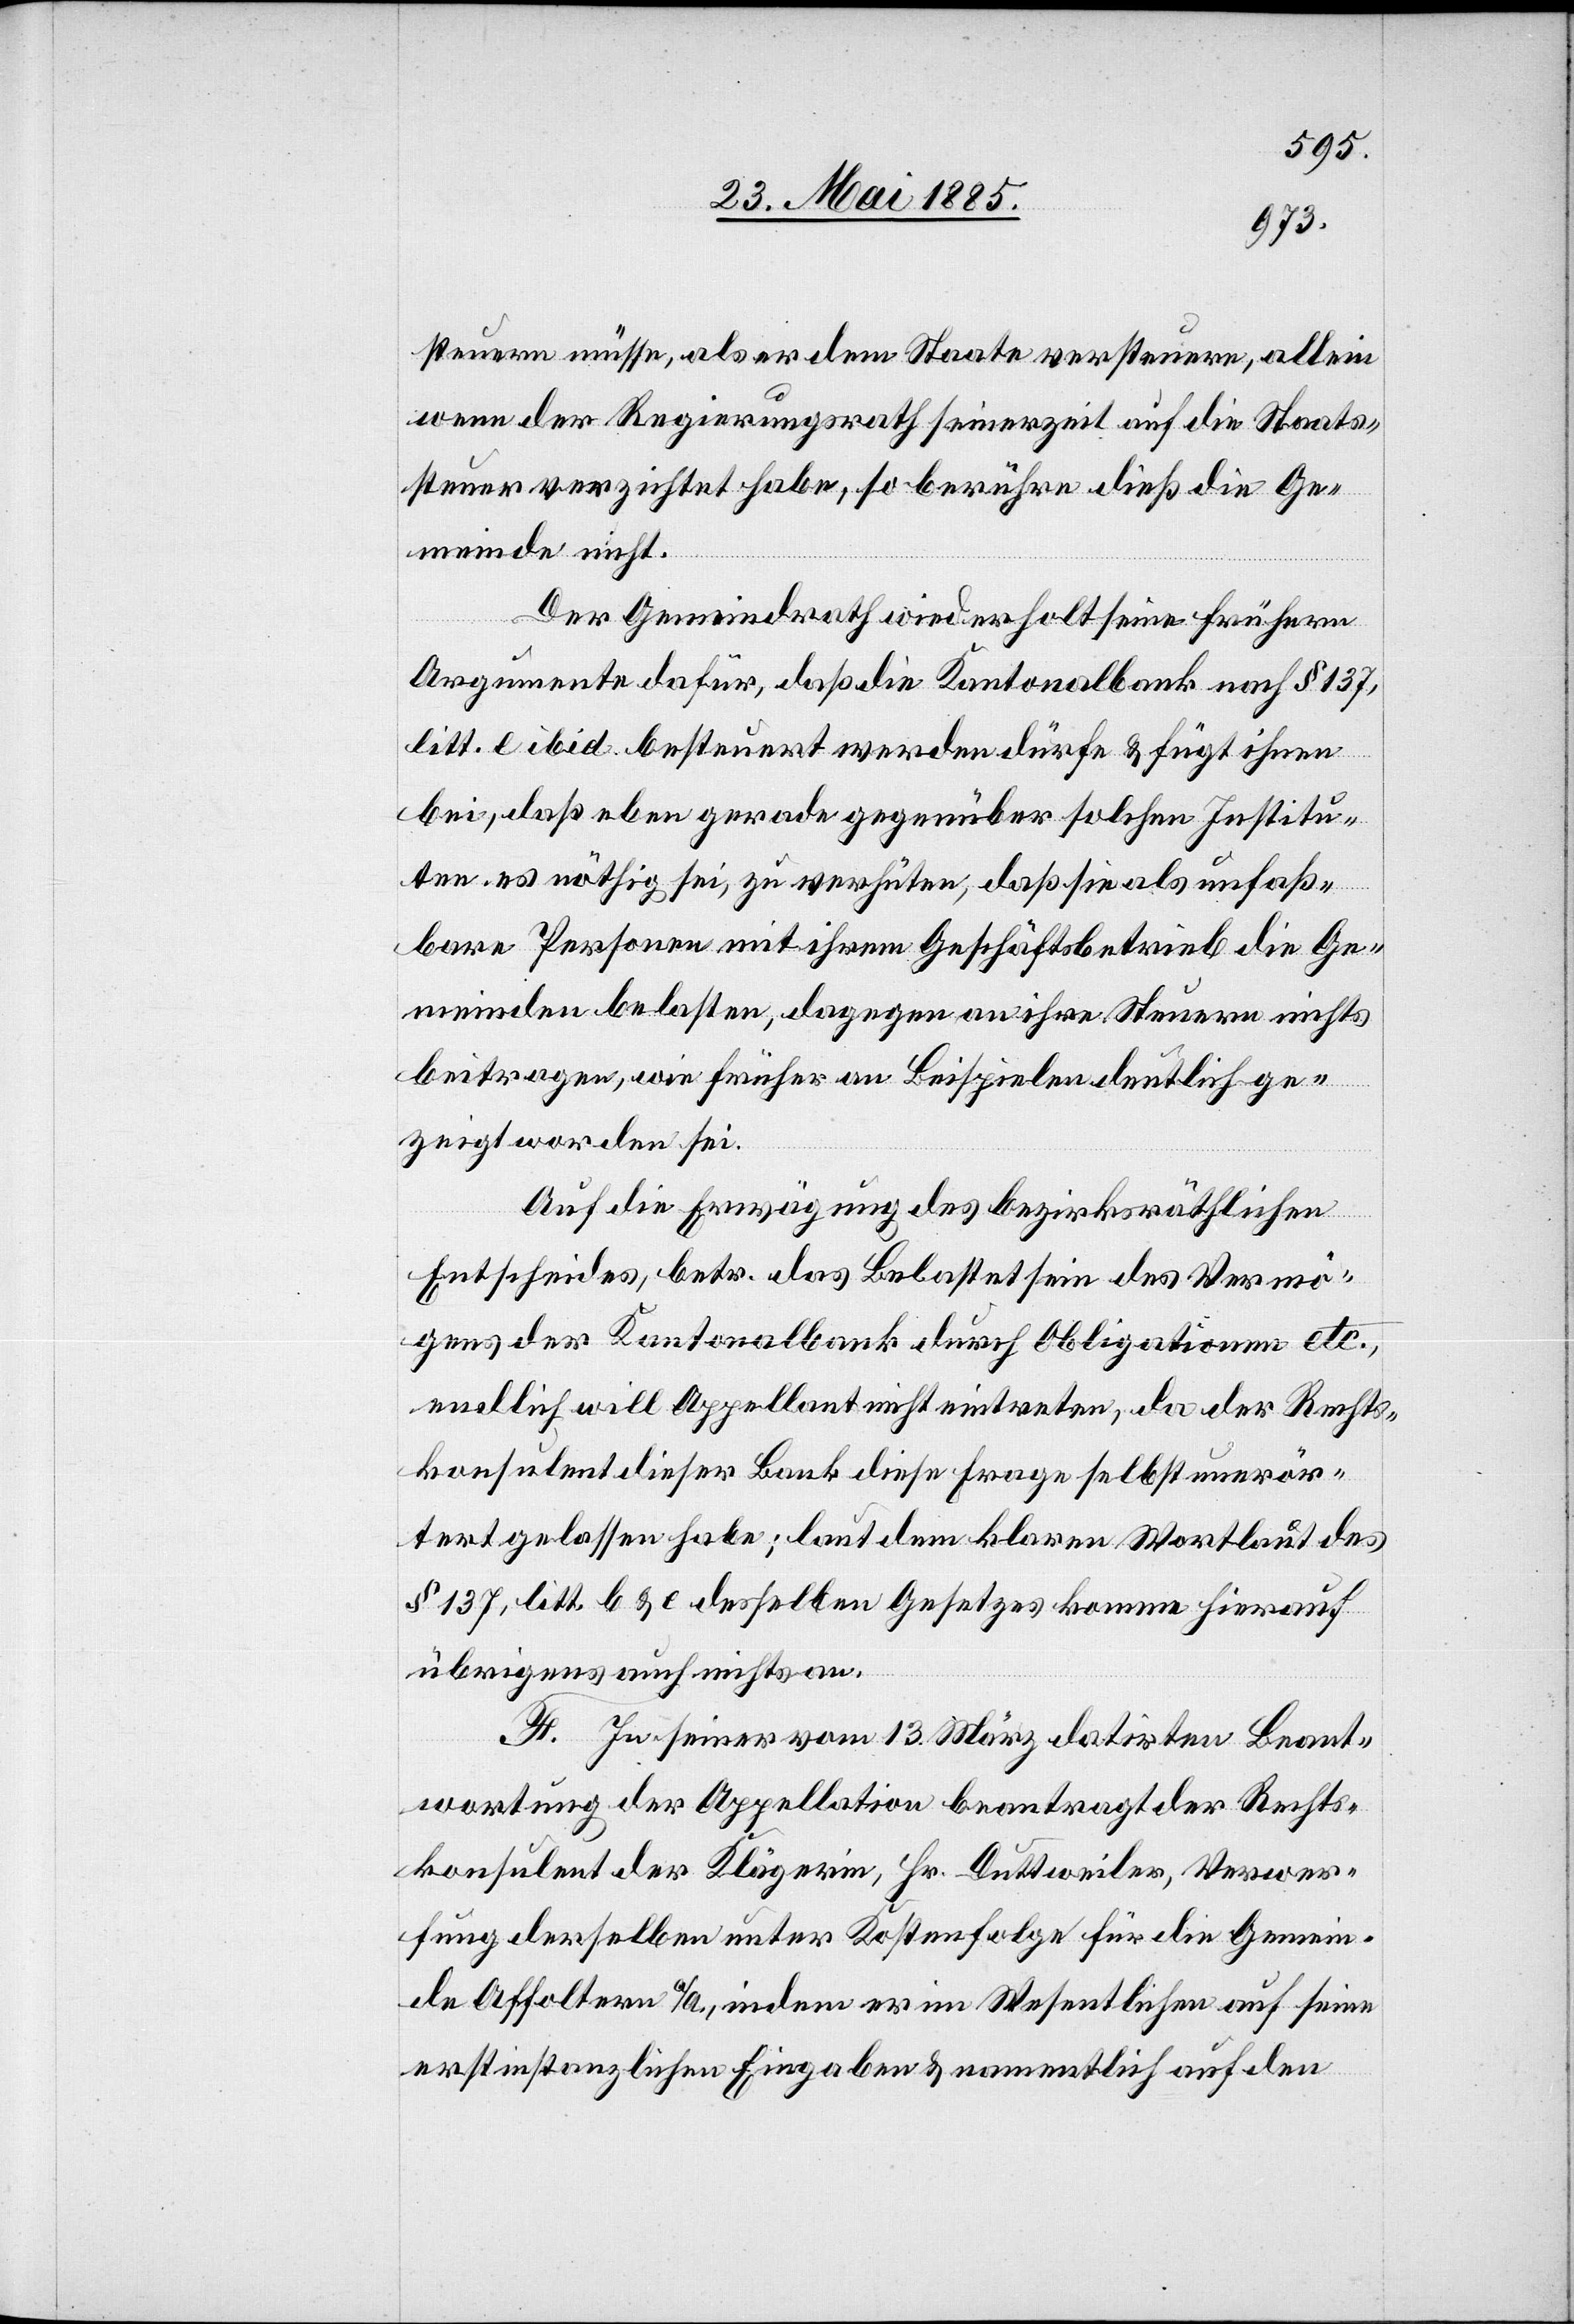
steuern müsse, als er dem Staate versteuere, allein
wenn der Regierungsrath seinerzeit auf die Staats¬
steuer verzichtet habe, so berühre dieß die Ge¬
meinde nicht.
Der Gemeindrath wiederholt seine frühern
Argumente dafür, daß die Kantonalbank nach § 137,
litt. e ibid. besteuert werden dürfe & fügt ihren
bei, daß eben gerade gegenüber solchen Institu¬
en es nöthig sei, zu verhüten, daß sie als unfaß¬
bare Personen mit ihrem Geschäftsbetrieb die Ge¬
meinden belasten, dagegen an ihre Steuern nichts
beitragen, wie früher an Beispielen deutlich ge¬
zeigt worden sei.
tion¬
Auf die Erwägung des bezirksräthlichen
Entscheides, betr. das Belastetsein des Vermö¬
gens der Kantonalbank durch Obligationen etc.,
endlich will Appellant nicht eintreten, da der Rechts¬
konsulant dieser Bank diese Frage selbst unerör¬
tert gelassen habe; laut dem klaren Wortlaut des
§ 137, litt. b & e desselben Gesetzes komme hierauf
übrigens auch nichts an.
F. In seiner vom 13. März datirten Beant¬
wortung der Appellation beantragt der Rechts¬
konsulant der Klägerin, Hr. Duttweiler, Verwer¬
fung derselben unter Kostenfolge für die Gemein¬
de Affoltern a/A, indem er im Wesentlichen auf seine
erstinstanzlichen Eingaben & namentlich auf den